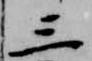
三